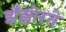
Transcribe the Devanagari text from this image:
झँझोरते